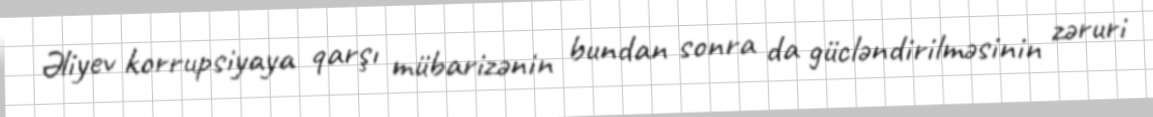
Əliyev korrupsiyaya qarşı mübarizənin bundan sonra da gücləndirilməsinin zəruri